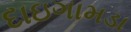
દાઇગામડા